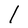
Character: l